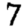
Digit: 7